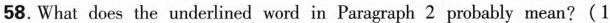
58.What does the underlined word in Paragraph 2 probably mean?(1